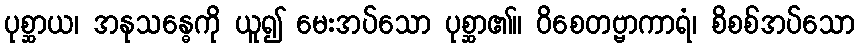
ပုစ္ဆာယ၊ အနုသန္ဓေကို ယူ၍ မေးအပ်သော ပုစ္ဆာ၏။ ဝိစေတဗ္ဗာကာရံ၊ စိစစ်အပ်သော